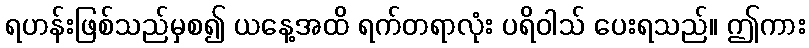
ရဟန်းဖြစ်သည်မှစ၍ ယနေ့အထိ ရက်တရာလုံး ပရိဝါသ် ပေးရသည်။ ဤကား